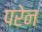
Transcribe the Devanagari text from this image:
परेन